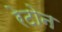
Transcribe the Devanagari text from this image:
रेटोन